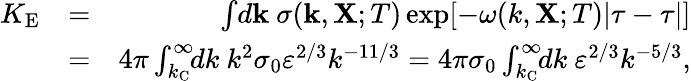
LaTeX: \begin{array}{rlr}{K_{\textrm{E}}}&{=}&{\int\! d{\textbf{k}}\ \sigma({\textbf{k}},{\textbf{X}};T)\exp[-\omega(k,{\textbf{X}};T)|\tau-\tau|]}\\ &{=}&{4\pi\int_{k_{\textrm{C}}}^{\infty}\! \! dk\ k^{2}\sigma_{0}\varepsilon^{2/3}k^{-11/3}=4\pi\sigma_{0}\int_{k_{\textrm{C}}}^{\infty}\! \! dk\ \varepsilon^{2/3}k^{-5/3},}\end{array}